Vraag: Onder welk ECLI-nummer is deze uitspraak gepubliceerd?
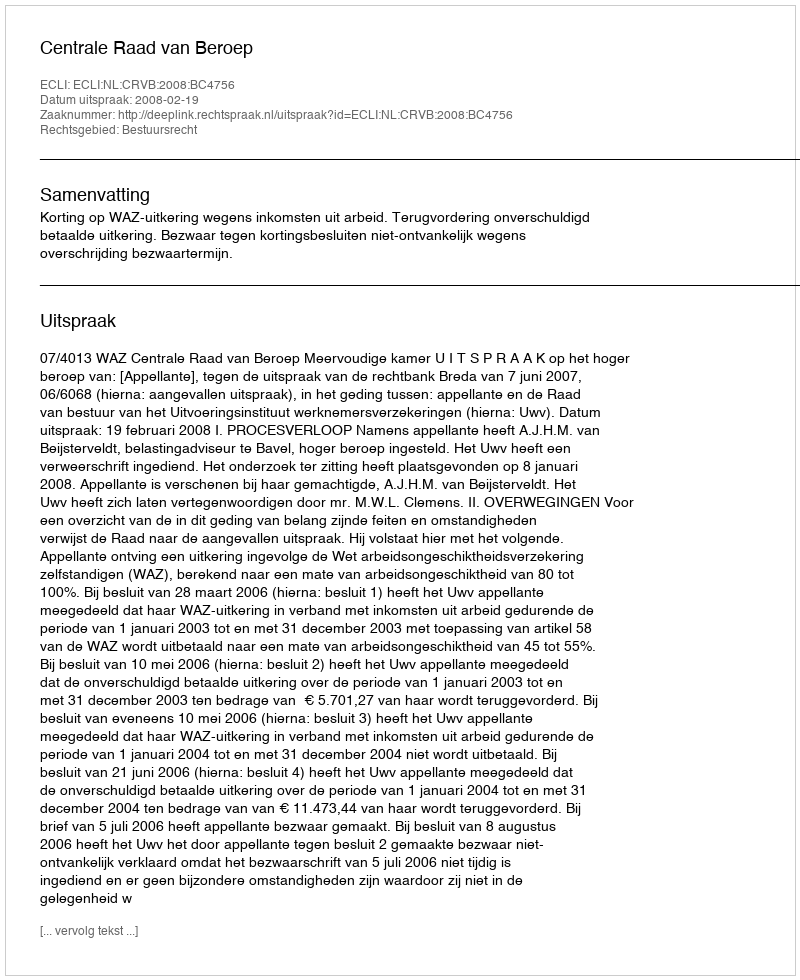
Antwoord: ECLI:NL:CRVB:2008:BC4756